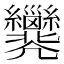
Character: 𢀐